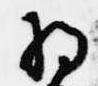
将